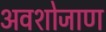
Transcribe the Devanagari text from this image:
अवशोजाण